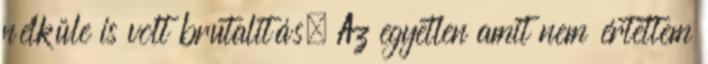
nélküle is volt brutalitás. Az egyetlen amit nem értettem